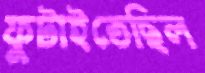
ফুটাইতেছিল